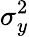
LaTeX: \sigma_{y}^{2}